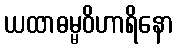
ယထာဓမ္မဝိဟာရိနော